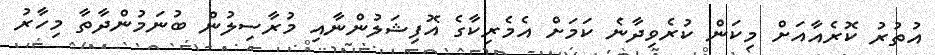
އުތުރު ކޮރެއާއަށް މިކަން ކުރެވިދާނެ ކަމަށް އެމެރިކާގެ އޮފިޝަލުންނާއި މުރާސިލުން ބުނަމުންދާތާ މިހާރު